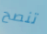
تنصح